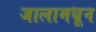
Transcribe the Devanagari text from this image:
जालामधून